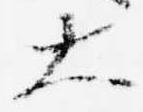
大